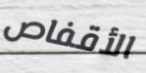
الأقفاص